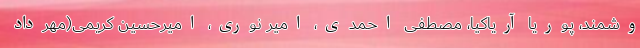
وشمند، پوریا آریاکیا، مصطفی احمدی، امیر نوری، امیرحسین کریمی(مهرداد